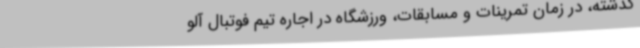
گذشته، در زمان تمرینات و مسابقات، ورزشگاه در اجاره تیم فوتبال آلو